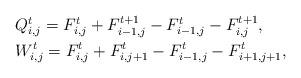
LaTeX: \begin{align*}\begin{aligned}&Q_{i,j}^t=F_{i,j}^t+F_{i-1,j}^{t+1}-F_{i-1,j}^t-F_{i,j}^{t+1},\\&W_{i,j}^t=F_{i,j}^t+F_{i,j+1}^{t}-F_{i-1,j}^t-F_{i+1,j+1}^{t},\end{aligned}\end{align*}